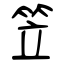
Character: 笠